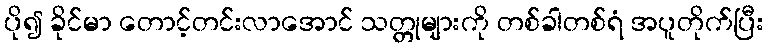
ပို၍ ခိုင်မာ တောင့်တင်းလာအောင် သတ္တုများကို တစ်ခါတစ်ရံ အပူတိုက်ပြီး